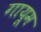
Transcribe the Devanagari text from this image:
गायूम